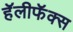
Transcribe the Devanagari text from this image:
हॅलीफॅक्स